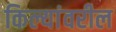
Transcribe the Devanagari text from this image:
किल्यांवरील